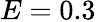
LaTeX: E=0.3